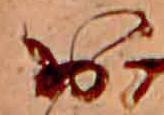
お